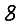
Digit: 8